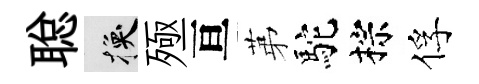
聪换殛亘苐駝棕俘